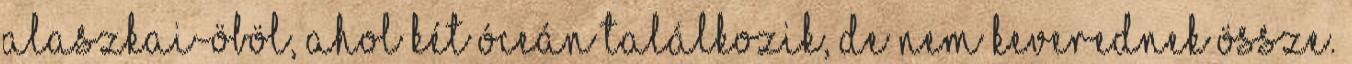
Alaszkai-öböl, ahol két óceán találkozik, de nem keverednek össze.